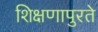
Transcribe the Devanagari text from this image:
शिक्षणापुरते